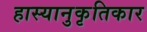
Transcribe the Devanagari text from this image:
हास्यानुकृतिकार